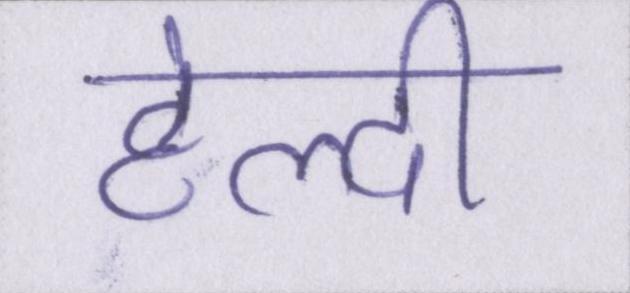
हेल्दी